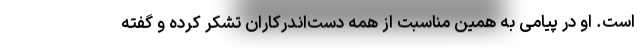
است. او در پیامی به همین مناسبت از همه دست‌اندرکاران تشکر کرده و گفته